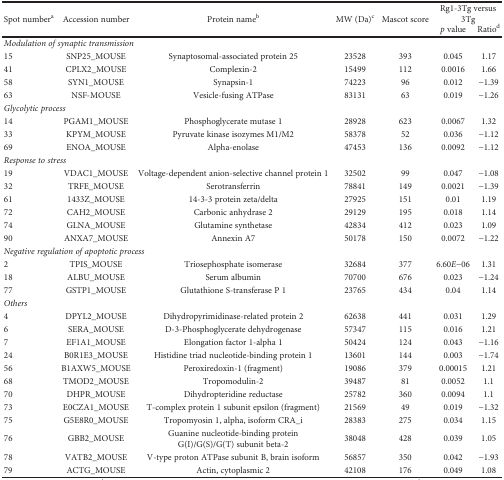
<table><thead><tr><td rowspan="2"><b>Spot number<sup>a</sup></b></td><td rowspan="2"><b>Accession number</b></td><td rowspan="2"><b>Protein name<sup>b</sup></b></td><td rowspan="2"><b>MW (Da)<sup>c</sup></b></td><td rowspan="2"><b>Mascot score</b></td><td colspan="2"><b>Rg1-3Tg versus 3Tg</b></td></tr><tr><td><b><i>p</i> value</b></td><td><b>Ratio<sup>d</sup></b></td></tr></thead><tbody><tr><td colspan="7"><i>Modulation of synaptic transmission</i></td></tr><tr><td>15</td><td>SNP25_MOUSE</td><td>Synaptosomal-associated protein 25</td><td>23528</td><td>393</td><td>0.045</td><td>1.17</td></tr><tr><td>41</td><td>CPLX2_MOUSE</td><td>Complexin-2</td><td>15499</td><td>112</td><td>0.0016</td><td>1.66</td></tr><tr><td>58</td><td>SYN1_MOUSE</td><td>Synapsin-1</td><td>74223</td><td>96</td><td>0.012</td><td>−1.39</td></tr><tr><td>63</td><td>NSF-MOUSE</td><td>Vesicle-fusing ATPase</td><td>83131</td><td>63</td><td>0.019</td><td>−1.26</td></tr><tr><td colspan="7"><i>Glycolytic process</i></td></tr><tr><td>14</td><td>PGAM1_MOUSE</td><td>Phosphoglycerate mutase 1</td><td>28928</td><td>623</td><td>0.0067</td><td>1.32</td></tr><tr><td>33</td><td>KPYM_MOUSE</td><td>Pyruvate kinase isozymes M1/M2</td><td>58378</td><td>52</td><td>0.036</td><td>−1.12</td></tr><tr><td>69</td><td>ENOA_MOUSE</td><td>Alpha-enolase</td><td>47453</td><td>136</td><td>0.0092</td><td>−1.12</td></tr><tr><td colspan="7"><i>Response to stress</i></td></tr><tr><td>19</td><td>VDAC1_MOUSE</td><td>Voltage-dependent anion-selective channel protein 1</td><td>32502</td><td>99</td><td>0.047</td><td>−1.08</td></tr><tr><td>32</td><td>TRFE_MOUSE</td><td>Serotransferrin</td><td>78841</td><td>149</td><td>0.0021</td><td>−1.39</td></tr><tr><td>61</td><td>1433Z_MOUSE</td><td>14-3-3 protein zeta/delta</td><td>27925</td><td>151</td><td>0.01</td><td>1.19</td></tr><tr><td>72</td><td>CAH2_MOUSE</td><td>Carbonic anhydrase 2</td><td>29129</td><td>195</td><td>0.018</td><td>1.14</td></tr><tr><td>74</td><td>GLNA_MOUSE</td><td>Glutamine synthetase</td><td>42834</td><td>412</td><td>0.023</td><td>1.09</td></tr><tr><td>90</td><td>ANXA7_MOUSE</td><td>Annexin A7</td><td>50178</td><td>150</td><td>0.0072</td><td>−1.22</td></tr><tr><td colspan="7"><i>Negative regulation of apoptotic process</i></td></tr><tr><td>2</td><td>TPIS_MOUSE</td><td>Triosephosphate isomerase</td><td>32684</td><td>377</td><td>6.60<i>E</i>−06</td><td>1.31</td></tr><tr><td>18</td><td>ALBU_MOUSE</td><td>Serum albumin</td><td>70700</td><td>676</td><td>0.023</td><td>−1.24</td></tr><tr><td>77</td><td>GSTP1_MOUSE</td><td>Glutathione S-transferase P 1</td><td>23765</td><td>434</td><td>0.04</td><td>1.14</td></tr><tr><td colspan="7"><i>Others</i></td></tr><tr><td>4</td><td>DPYL2_MOUSE</td><td>Dihydropyrimidinase-related protein 2</td><td>62638</td><td>441</td><td>0.031</td><td>1.29</td></tr><tr><td>6</td><td>SERA_MOUSE</td><td>D-3-Phosphoglycerate dehydrogenase</td><td>57347</td><td>115</td><td>0.016</td><td>1.21</td></tr><tr><td>7</td><td>EF1A1_MOUSE</td><td>Elongation factor 1-alpha 1</td><td>50424</td><td>124</td><td>0.043</td><td>−1.16</td></tr><tr><td>24</td><td>B0R1E3_MOUSE</td><td>Histidine triad nucleotide-binding protein 1</td><td>13601</td><td>144</td><td>0.003</td><td>−1.74</td></tr><tr><td>56</td><td>B1AXW5_MOUSE</td><td>Peroxiredoxin-1 (fragment)</td><td>19086</td><td>379</td><td>0.00015</td><td>1.21</td></tr><tr><td>68</td><td>TMOD2_MOUSE</td><td>Tropomodulin-2</td><td>39487</td><td>81</td><td>0.0052</td><td>1.1</td></tr><tr><td>70</td><td>DHPR_MOUSE</td><td>Dihydropteridine reductase</td><td>25782</td><td>360</td><td>0.0094</td><td>1.1</td></tr><tr><td>73</td><td>E0CZA1_MOUSE</td><td>T-complex protein 1 subunit epsilon (fragment)</td><td>21569</td><td>49</td><td>0.019</td><td>−1.32</td></tr><tr><td>75</td><td>G5E8R0_MOUSE</td><td>Tropomyosin 1, alpha, isoform CRA_i</td><td>28383</td><td>275</td><td>0.034</td><td>1.15</td></tr><tr><td>76</td><td>GBB2_MOUSE</td><td>Guanine nucleotide-binding protein G(I)/G(S)/G(T) subunit beta-2</td><td>38048</td><td>428</td><td>0.039</td><td>1.05</td></tr><tr><td>78</td><td>VATB2_MOUSE</td><td>V-type proton ATPase subunit B, brain isoform</td><td>56857</td><td>350</td><td>0.042</td><td>−1.93</td></tr><tr><td>79</td><td>ACTG_MOUSE</td><td>Actin, cytoplasmic 2</td><td>42108</td><td>176</td><td>0.049</td><td>1.08</td></tr></tbody></table>